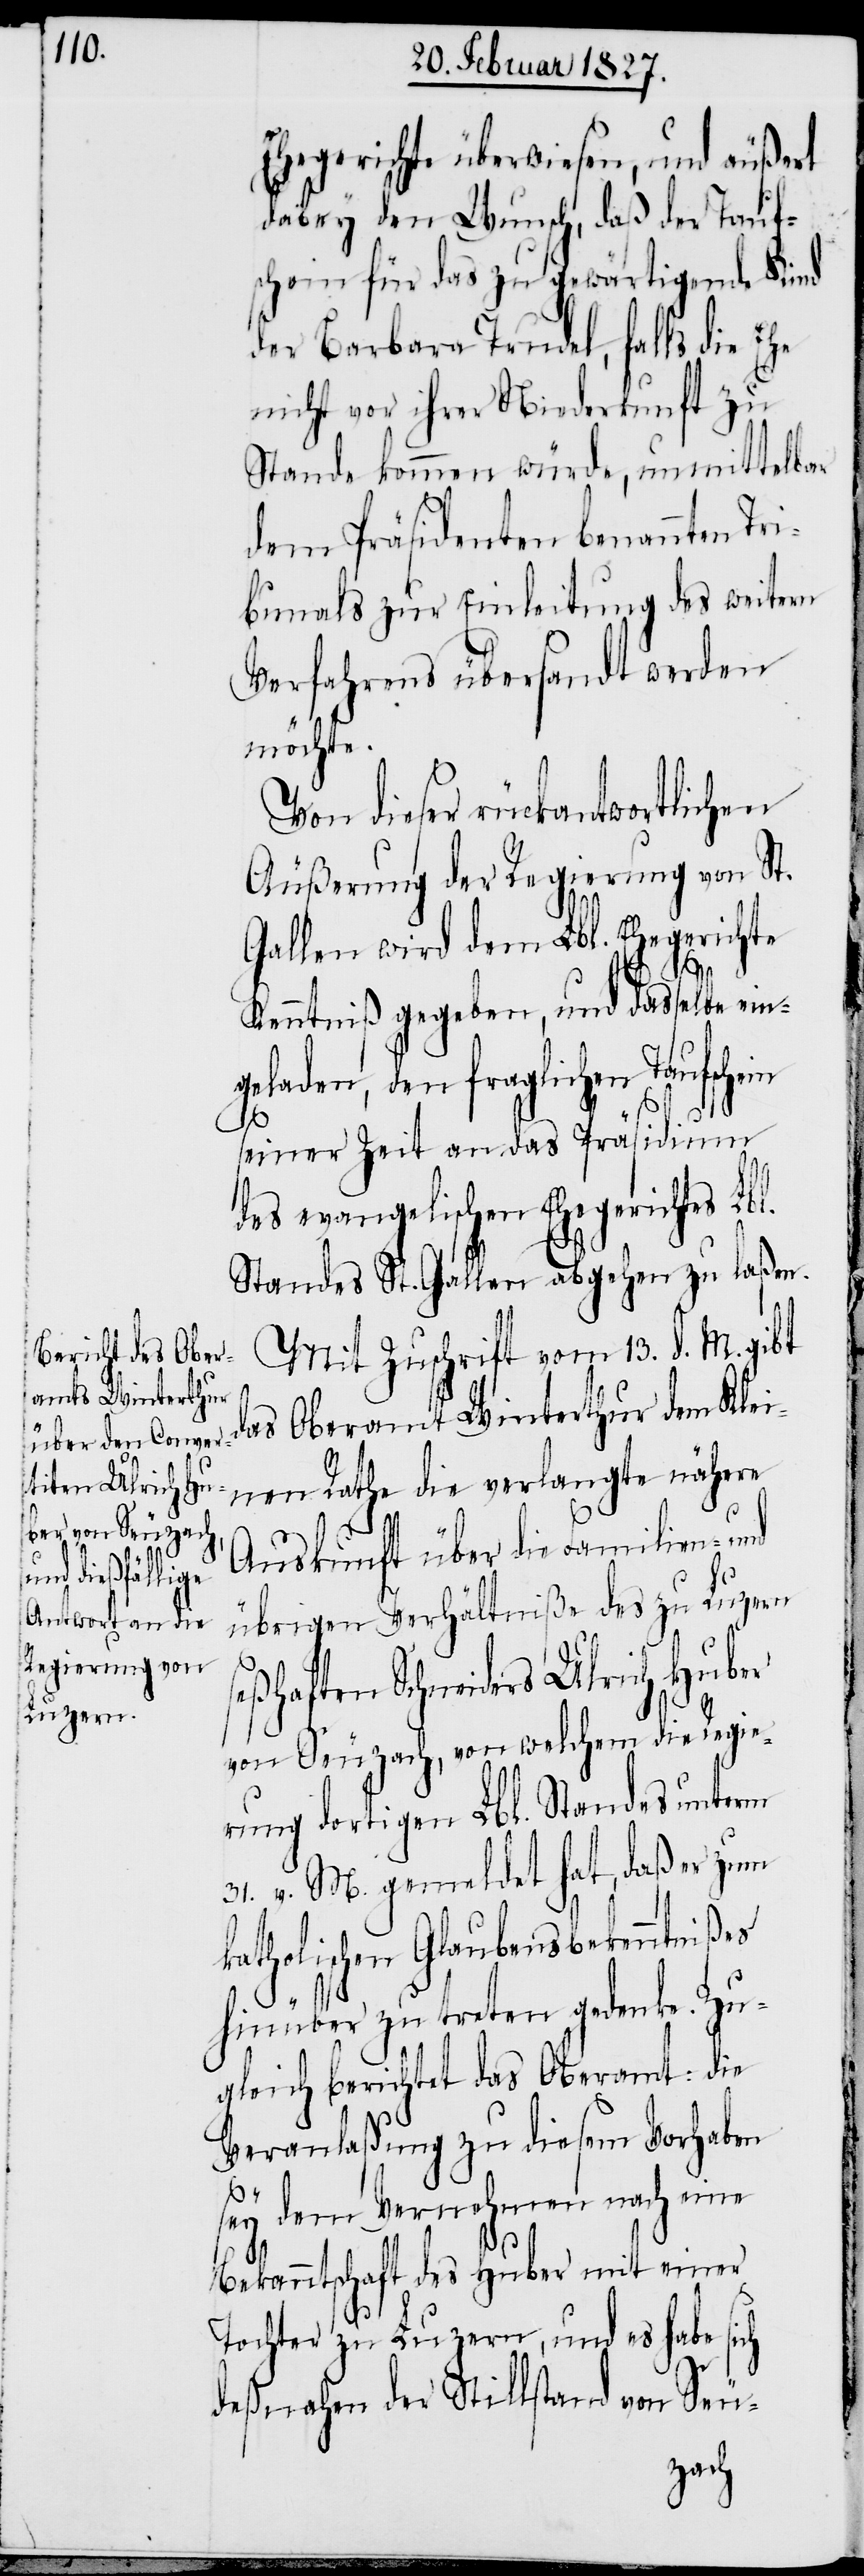
Ehegerichte überwiesen, und äußert
dabey den Wunsch, daß der Taufs¬
chein für das zu gewärtigende Kind
der Barbara Trudel, falls die Ehe
nicht vor ihrer Niederkunft zu
Stande kommen würde, unmittelbar
dem Präsidenten benannten Ti¬
bunals zur Einleitung des weitern
Verfahrens übersandt werden
möchte.
Von dieser rückantwortlichen
Äußerung der Regierung von St.
Gallen wird dem Lbl. Ehegerichte
Kenntniß gegeben, und dasselbe ein¬
geladen, den fraglichen Taufschein
seiner Zeit an das Präsidium
des evangelischen Ehegerichtes Lbl.
Standes St. Gallen abgehen zu laßen.
Mit Zuschrift vom 13. d. M. gibt
das Oberamt Winterthur dem Klei¬
nen Rathe die verlangte nähere
Auskunft über die Familien- und
übrigen Verhältniße des zu Luzern
seßhaften Schneiders Ulrich Huber
von Seuzach, von welchem die Regie¬
rung dortigen Lbl. Standes unterm
31. v. M. gemeldet hat, daß er zum
katholischen Glaubensbekenntnißes
hinüber zu treten gedenke. Zu¬
gleich berichtet das Oberamt: die
Veranlaßung zu diesem Vorhaben
sey dem Vernehmen nach eine
Bekanntschaft des Huber mit einer
Tochter zu Luzern, und es habe sich
deßnahen der Stillstand von Seu-